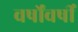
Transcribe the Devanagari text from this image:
वर्षोंवर्षीं